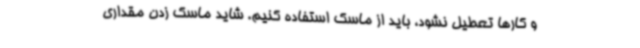
و کارها تعطیل نشود، باید از ماسک استفاده کنیم. شاید ماسک زدن مقداری